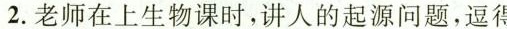
2.老师在上生物课时，讲人的起源问题，逗得